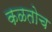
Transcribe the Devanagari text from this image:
कळतोच